Report of the Indian Hemp Drugs Commission, 1894-1895 - Volume VIII
Year: 1894
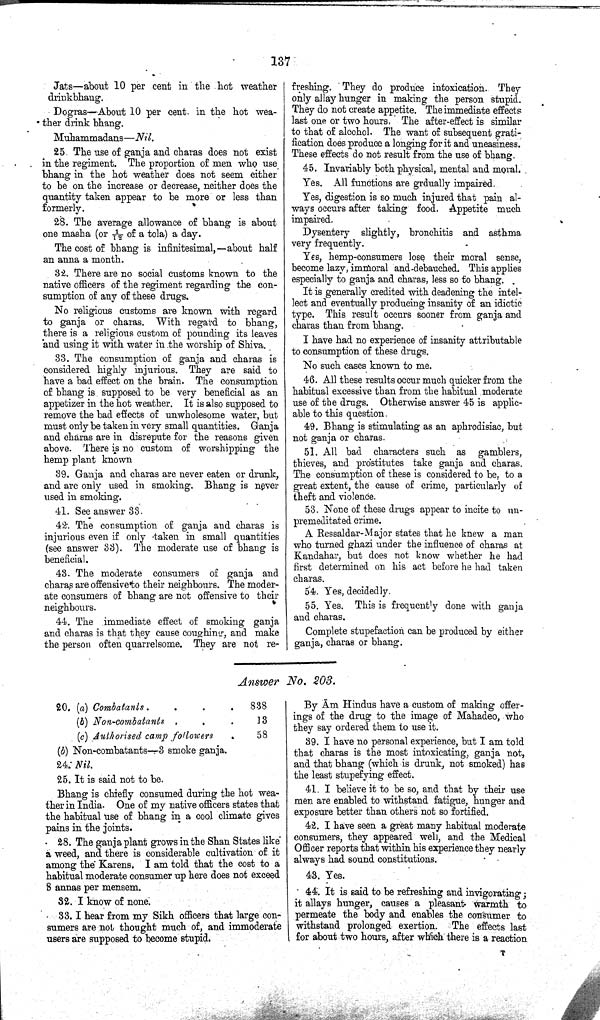
137
Jats—about 10 per cent in the hot weather
drinkbhaug.
Dogras—About 10 per cent. in the hot wea¬
ther drink bhang.
Muhammadans—Nil.
25. The use of ganja and charas does not exist
in the regiment. The proportion of men who use
bhang in the hot weather does not seem either
to be on the increase or decrease, neither does the
quantity taken appear to be more or less than
formerly.
28. The average allowance of bhang is about
one masha (or 1/12 of a tola) a day.
The cost of bhang is infinitesimal,—about half
an anna a month.
32. There are no social customs known to the
native officers of the regiment regarding the con¬
sumption of any of these drugs.
No religious customs are known with regard
to ganja or charas. With regard to bhang,
there is a religious custom of pounding its leaves
and using it with water in the worship of Shiva.
33. The consumption of ganja and charas is
considered highly injurious. They are said to
have a bad effect on the brain. The consumption
of bhang is supposed to be very beneficial as an
appetizer in the hot weather. It is also supposed to
remove the bad effects of unwholesome water, but
must only be taken in very small quantities. Ganja
and charas are in disrepute for the reasons given
above. There is no custom of worshipping the
hemp plant known
39. Ganja and charas are never eaten or drunk,
and are only used in smoking. Bhang is never
used in smoking.
41. See answer 33.
42. The consumption of ganja and charas is
injurious even if only taken in small quantities
(see answer 33). The moderate use of bhang is
beneficial.
43. The moderate consumers of ganja and
charas are offensive to their neighbours. The moder¬
ate consumers of bhang are not offensive to their
neighbours.
44. The immediate effect of smoking ganja
and charas is that they cause coughing, and make
the person often quarrelsome. They are not re¬
freshing. They do produce intoxication. They
only allay hunger in making the person stupid.
They do not create appetite. The immediate effects
last one or two hours. The after-effect is similar
to that of alcohol. The want of subsequent grati¬
fication does produce a longing for it and uneasiness.
These effects do not result from the use of bhang.
45. Invariably both physical, mental and moral.
Yes. All functions are grdually impaired.
Yes, digestion is so much injured that pain al¬
ways occurs after taking food. Appetite much
impaired.
Dysentery slightly, bronchitis and asthma
very frequently.
Yes, hemp-consumers lose their moral sense,
become lazy, immoral and debauched. This applies
especially to ganja and charas, less so to bhang.
It is generally credited with deadening the intel¬
lect and eventually producing insanity of an idiotic
type. This result occurs sooner from ganja and
charas than from bhang.
I have had no experience of insanity attributable
to consumption of these drugs.
No such cases known to me.
46. All these results occur much quicker from the
habitual excessive than from the habitual moderate
use of the drugs. Otherwise answer 45 is applic¬
able to this question.
49. Bhang is stimulating as an aphrodisiac, but
not ganja or charas.
51. All bad characters such as gamblers,
thieves, and prostitutes take ganja and charas.
The consumption of these is considered to be, to a
great extent, the cause of crime, particularly of
theft and violence.
53. None of these drugs appear to incite to un¬
premeditated crime.
A Ressaldar-Major states that he knew a man
who turned ghazi under the influence of charas at
Kandahar, but does not know whether he had
first determined on his act before he had taken
charas.
54. Yes, decidedly.
55. Yes. This is frequently done with ganja
and charas.
Complete stupefaction can be produced by either
ganja, charas or bhang.
Answer No. 203.
20. (a) Combatants
838
(b) Non-combatants
13
(c) Authorised camp followers
58
(b) Non-combatants—3 smoke ganja.
24. Nil.
25. It is said not to be.
Bhang is chiefly consumed during the hot wea¬
ther in India. One of my native officers states that
the habitual use of bhang in a cool climate gives
pains in the joints.
28. The ganja plant grows in the Shan States like
a weed, and there is considerable cultivation of it
among the Karens. I am told that the cost to a
habitual moderate consumer up here does not exceed
8 annas per mensem.
32. I know of none.
33. I hear from my Sikh officers that large con¬
sumers are not thought much of, and immoderate
users are supposed to become stupid.
By Am Hindus have a custom of making offer¬
ings of the drug to the image of Mahadeo, who
they say ordered them to use it.
39. I have no personal experience, but I am told
that charas is the most intoxicating, ganja not,
and that bhang (which is drunk, not smoked) has
the least stupefying effect.
41. I believe it to be so, and that by their use
men are enabled to withstand fatigue, hunger and
exposure better than others not so fortified.
42. I have seen a great many habitual moderate
consumers, they appeared well, and the Medical
Officer reports that within his experience they nearly
always had sound constitutions.
43. Yes.
44. It is said to be refreshing and invigorating;
it allays hunger, causes a pleasant warmth to
permeate the body and enables the consumer to
withstand prolonged exertion. The effects last
for about two hours, after which there is a reaction
T